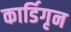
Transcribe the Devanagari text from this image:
कार्डिगृन